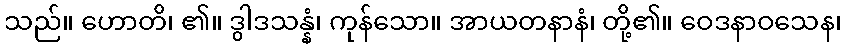
သည်။ ဟောတိ၊ ၏။ ဒွါဒသန္နံ၊ ကုန်သော။ အာယတနာနံ၊ တို့၏။ ဝေဒနာဝသေန၊